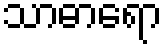
သာဓာရော